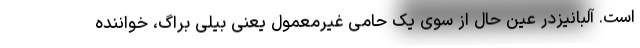
است. آلبانیزدر عین حال از سوی یک حامی غیرمعمول یعنی بیلی براگ، خواننده